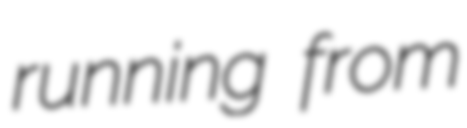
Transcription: running from